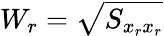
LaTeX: W_{r}=\sqrt{S_{x_{r}x_{r}}}